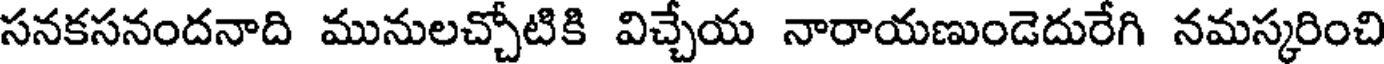
సనకసనందనాది మునులచ్చోటికి విచ్చేయ నారాయణుండెదురేగి నమస్కరించి